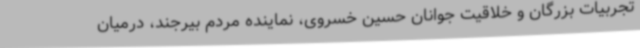
تجربیات بزرگان و خلاقیت جوانان حسین خسروی، نماینده مردم بیرجند، درمیان